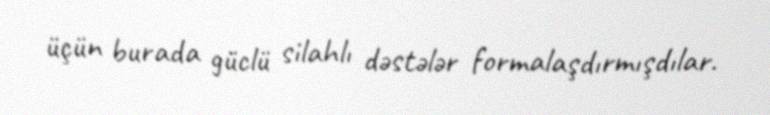
üçün burada güclü silahlı dəstələr formalaşdırmışdılar.